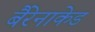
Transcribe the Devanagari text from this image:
बैरेनाकेड